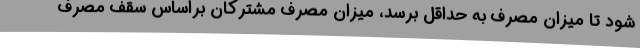
شود تا میزان مصرف به حداقل برسد، میزان مصرف مشترکان براساس سقف مصرف